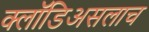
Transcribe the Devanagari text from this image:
क्लॉडिअसलाच